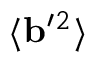
\langle { { \bf { b } } ^ { \prime } { } ^ { 2 } } \rangle